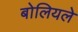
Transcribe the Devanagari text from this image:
बोलियले